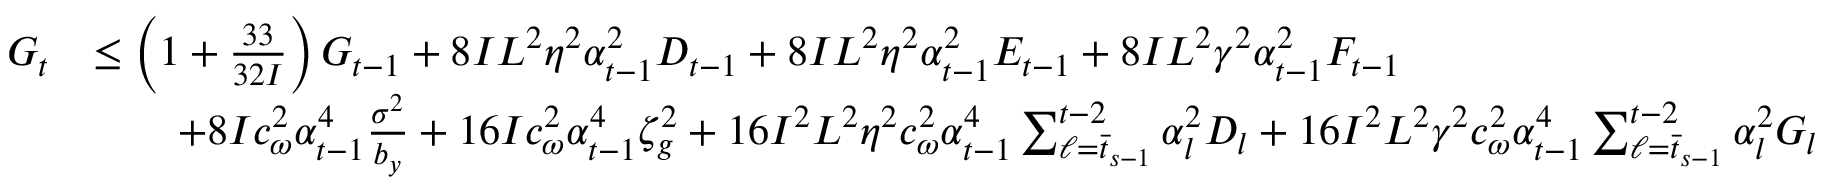
\begin{array} { r l } { G _ { t } } & { \leq \left( 1 + \frac { 3 3 } { 3 2 I } \right) G _ { t - 1 } + 8 I L ^ { 2 } \eta ^ { 2 } \alpha _ { t - 1 } ^ { 2 } D _ { t - 1 } + 8 I L ^ { 2 } \eta ^ { 2 } \alpha _ { t - 1 } ^ { 2 } E _ { t - 1 } + 8 I L ^ { 2 } \gamma ^ { 2 } \alpha _ { t - 1 } ^ { 2 } F _ { t - 1 } } \\ & { \qquad + 8 I c _ { \omega } ^ { 2 } \alpha _ { t - 1 } ^ { 4 } \frac { \sigma ^ { 2 } } { b _ { y } } + 1 6 I c _ { \omega } ^ { 2 } \alpha _ { t - 1 } ^ { 4 } \zeta _ { g } ^ { 2 } + 1 6 I ^ { 2 } L ^ { 2 } \eta ^ { 2 } c _ { \omega } ^ { 2 } \alpha _ { t - 1 } ^ { 4 } \sum _ { \ell = \bar { t } _ { s - 1 } } ^ { t - 2 } \alpha _ { l } ^ { 2 } D _ { l } + 1 6 I ^ { 2 } L ^ { 2 } \gamma ^ { 2 } c _ { \omega } ^ { 2 } \alpha _ { t - 1 } ^ { 4 } \sum _ { \ell = \bar { t } _ { s - 1 } } ^ { t - 2 } \alpha _ { l } ^ { 2 } G _ { l } } \end{array}